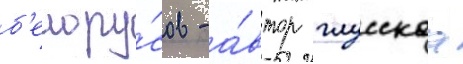
б'елору́сов - а́втор глусскаа